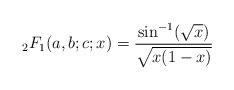
LaTeX: \begin{align*} {}_2F_1(a,b;c;x)=\frac{\sin^{-1}(\sqrt{x})}{\sqrt{x(1-x)}}\end{align*}